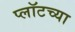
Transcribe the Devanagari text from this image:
प्लॉटच्या